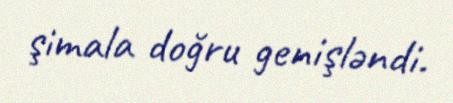
şimala doğru genişləndi.